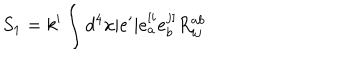
S _ { 1 } = k ^ { \prime } \int d ^ { 4 } x \vert e ^ { \prime } \vert e _ { a } ^ { [ i } e _ { b } ^ { j ] } R _ { i j } ^ { a b }